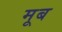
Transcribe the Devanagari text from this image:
मूब